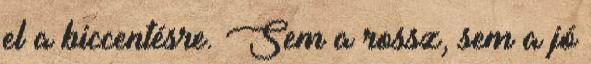
el a biccentésre. Sem a rossz, sem a jó